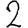
Digit: 2